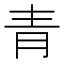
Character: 青